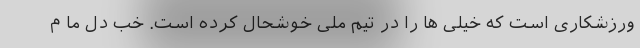
ورزشکاری است که خیلی ها را در تیم ملی خوشحال کرده است. خب دل ما م